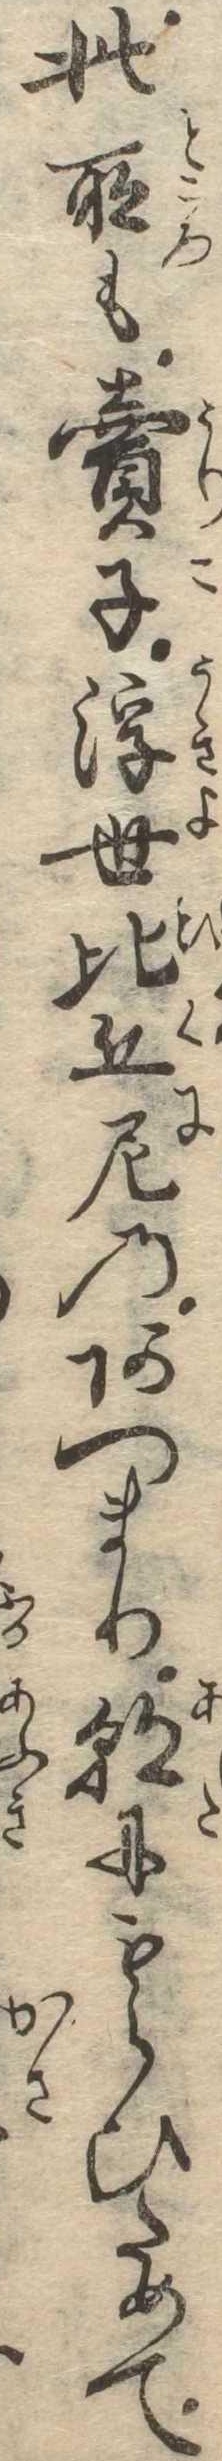
此所も売子浮世比丘尼のあつまり朝にもらひためて